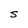
Character: S